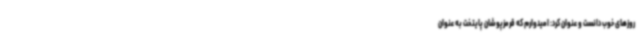
روزهای خوب دانست و عنوان کرد: امیدوارم که قرمزپوشان پایتخت به عنوان